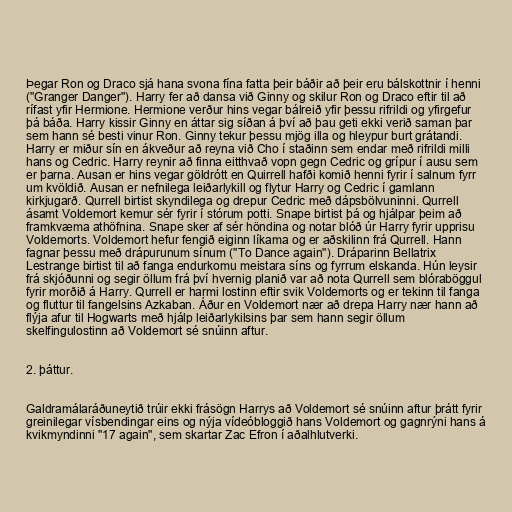
Þegar Ron og Draco sjá hana svona fína fatta þeir báðir að þeir eru bálskottnir í henni
("Granger Danger"). Harry fer að dansa við Ginny og skilur Ron og Draco eftir til að
rífast yfir Hermione. Hermione verður hins vegar bálreið yfir þessu rifrildi og yfirgefur
þá báða. Harry kissir Ginny en áttar sig síðan á því að þau geti ekki verið saman þar
sem hann sé besti vinur Ron. Ginny tekur þessu mjög illa og hleypur burt grátandi.
Harry er miður sín en ákveður að reyna við Cho í staðinn sem endar með rifrildi milli
hans og Cedric. Harry reynir að finna eitthvað vopn gegn Cedric og grípur í ausu sem
er þarna. Ausan er hins vegar göldrótt en Quirrell hafði komið henni fyrir í salnum fyrr
um kvöldið. Ausan er nefnilega leiðarlykill og flytur Harry og Cedric í gamlann
kirkjugarð. Qurrell birtist skyndilega og drepur Cedric með dápsbölvuninni. Qurrell
ásamt Voldemort kemur sér fyrir í stórum potti. Snape birtist þá og hjálpar þeim að
framkvæma athöfnina. Snape sker af sér höndina og notar blóð úr Harry fyrir upprisu
Voldemorts. Voldemort hefur fengið eiginn líkama og er aðskilinn frá Qurrell. Hann
fagnar þessu með drápurunum sínum ("To Dance again"). Dráparinn Bellatrix
Lestrange birtist til að fanga endurkomu meistara síns og fyrrum elskanda. Hún leysir
frá skjóðunni og segir öllum frá því hvernig planið var að nota Qurrell sem blóraböggul
fyrir morðið á Harry. Qurrell er harmi lostinn eftir svik Voldemorts og er tekinn til fanga
og fluttur til fangelsins Azkaban. Áður en Voldemort nær að drepa Harry nær hann að
flýja afur til Hogwarts með hjálp leiðarlykilsins þar sem hann segir öllum
skelfingulostinn að Voldemort sé snúinn aftur.

2. þáttur.

Galdramálaráðuneytið trúir ekki frásögn Harrys að Voldemort sé snúinn aftur þrátt fyrir
greinilegar vísbendingar eins og nýja vídeóbloggið hans Voldemort og gagnrýni hans á
kvikmyndinni "17 again", sem skartar Zac Efron í aðalhlutverki.